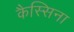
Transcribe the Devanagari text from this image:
कैस्सिना